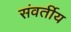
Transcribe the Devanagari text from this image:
संवर्तीय